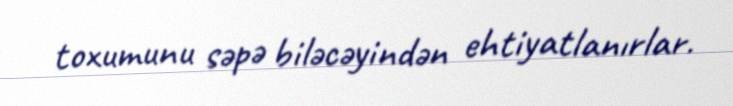
toxumunu səpə biləcəyindən ehtiyatlanırlar.